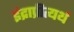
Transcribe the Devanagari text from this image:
इंद्राप्रीत्यर्थ